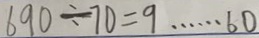
6 9 0 \div 7 0 = 9 \cdots 6 0